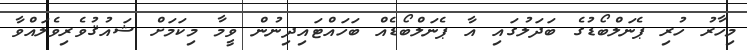
މިހާރު ހުރި ޕެނަލްބޯޑުގެ ބަދަލުގައި އާ ޕެނަލްބޯޑެއް ބަހައްޓައިދިނުން ވީމާ މިކަމަށް ޝައުޤުވެރިވެލައްވާ